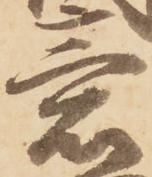
意